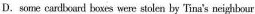
D.some cardlourd boxes were stolen by Tina's neighbour